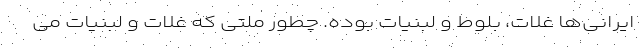
ایرانی‌ها غلات، بلوط و لبنیات بوده. چطور ملتی که غلات و لبنیات می